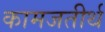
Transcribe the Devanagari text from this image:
कामजतीर्थ